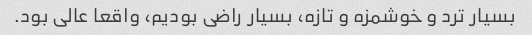
بسیار ترد و خوشمزه و تازه، بسیار راضی بودیم، واقعا عالی بود.